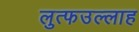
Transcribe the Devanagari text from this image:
लुत्फउल्लाह